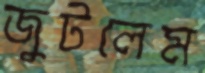
জুটলেম